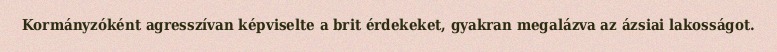
Kormányzóként agresszívan képviselte a brit érdekeket, gyakran megalázva az ázsiai lakosságot.